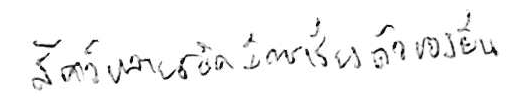
สัตว์หลายชนิดมีการเรียงตัวของยีน